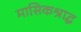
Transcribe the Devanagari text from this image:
मासिकश्राद्ध